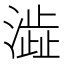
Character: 澁